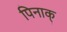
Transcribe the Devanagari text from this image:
पिनाक्